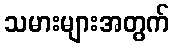
သမားများအတွက်